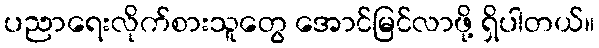
ပညာရေးလိုက်စားသူတွေ အောင်မြင်လာဖို့ ရှိပါတယ်။